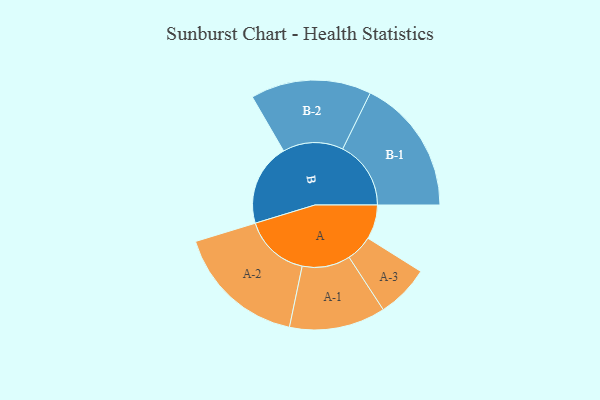
{"axis": {"x": "Segment", "y": "Value"}, "legend": ["", "A", "B"], "data": [{"x": "A", "y": 140, "type": ""}, {"x": "B", "y": 335, "type": ""}, {"x": "A-1", "y": 196, "type": "A"}, {"x": "A-2", "y": 267, "type": "A"}, {"x": "A-3", "y": 108, "type": "A"}, {"x": "B-1", "y": 278, "type": "B"}, {"x": "B-2", "y": 246, "type": "B"}]}